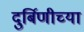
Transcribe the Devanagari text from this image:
दुर्बिणीच्‍या